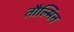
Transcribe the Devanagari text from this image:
तौल्मिन